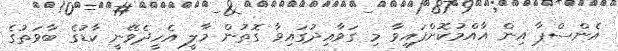
އެންސްޕާ އިން އާއްމުކޮށްފައިވާ މި ގަވާއިދުގައިވާ ގޮތުން މާލީ އެހީދެވޭނީ ކާޑުގެ ބާވަތުގެ